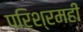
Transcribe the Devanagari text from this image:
परिश्रमही